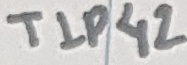
Text: TIP42